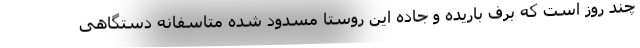
چند روز است که برف باریده و جاده این روستا مسدود شده متاسفانه دستگاهی